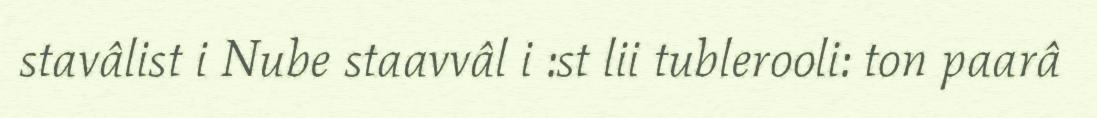
stavâlist i Nube staavvâl i :st lii tublerooli: ton paarâ